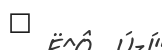
٣